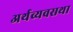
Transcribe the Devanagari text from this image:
अर्थव्यवसथा